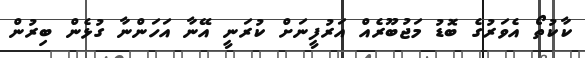
ކާކުތޯ އެވަރުގެ ބޮޑު މަޖުބޫރެއް އަރުފީނަށް ކުރަނީ އޭނާ އަހަންނާ ގުޅެން ބިރުން